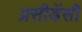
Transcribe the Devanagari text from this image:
प्रसीडेंसी